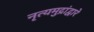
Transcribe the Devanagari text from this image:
नृत्यमुद्रांद्वारे